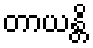
တာယန္တိ